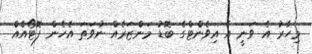
މިހާރު އެ ވަނީ އެ އިވެންޓްގެ ބޮޑު މަންޒަރެއް ނުވަތަ އެހެން ފޮޓޯއެއް